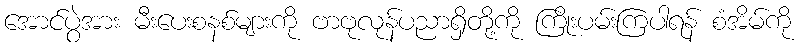
အောင်ပွဲအား မီးပေးစနစ်များကို ဗာဗုလုန်ပညာရှိတို့ကို ကြိုးပမ်းကြပါရန် စံအိမ်ကို